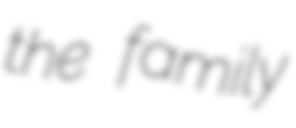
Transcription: the family